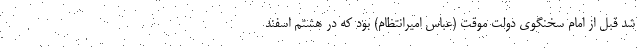
شد قبل از امام سخنگوی دولت موقت (عباس امیرانتظام) بود که در هشتم اسفند